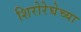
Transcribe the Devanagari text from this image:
शिरोरेघेच्या